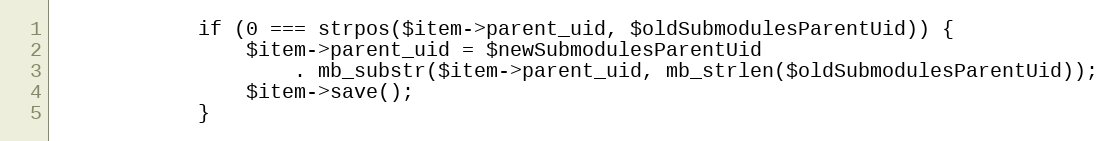
Language: PHP
            if (0 === strpos($item->parent_uid, $oldSubmodulesParentUid)) {
                $item->parent_uid = $newSubmodulesParentUid
                    . mb_substr($item->parent_uid, mb_strlen($oldSubmodulesParentUid));
                $item->save();
            }